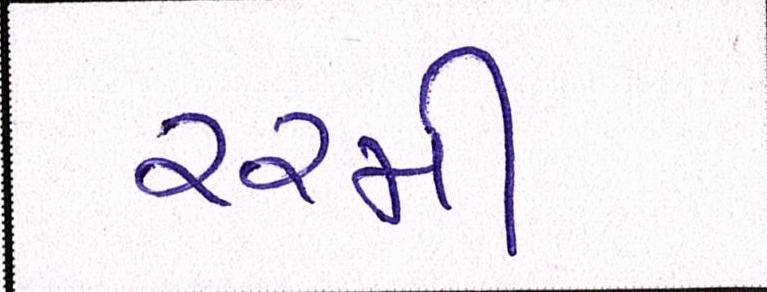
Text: ૨૨મી